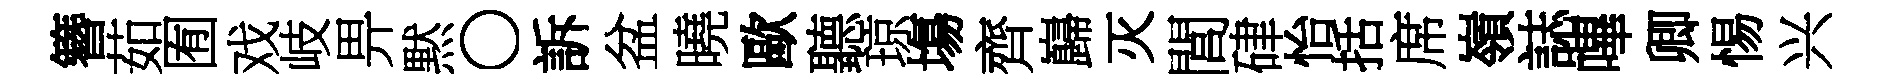
簪茹囿戏岐畀黙〇訴盆曉歐聽琼塲齊巋灭閭硉怡括席嶺誌嗶卿惕兴